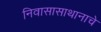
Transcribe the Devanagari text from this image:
निवासासाथानाचे